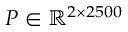
P \in \mathbb { R } ^ { 2 \times 2 5 0 0 }